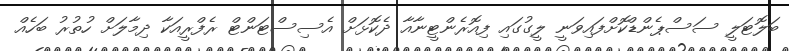
ބަލޮޓަލީ ސަސްޕެންޑްކޮށްފައިވަނީ ލީގުގައި ފިއޮރެންޓީނާއާ ދެކޮޅަށް އެސިސްޓަންޓް ރެފްރީއަކާ ދިމާލަށް ހުތުރު ބަހެއް